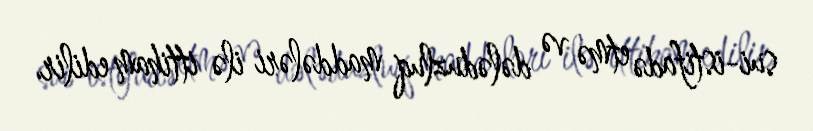
sui-istifadə etmə və dələduzluq maddələri ilə ittiham edilir.